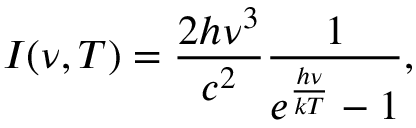
I ( \nu , T ) = { \frac { 2 h \nu ^ { 3 } } { c ^ { 2 } } } { \frac { 1 } { e ^ { \frac { h \nu } { k T } } - 1 } } ,